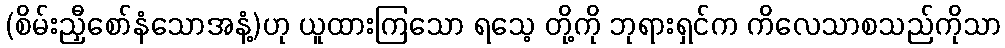
(စိမ်းညှီစော်နံသောအနံ့)ဟု ယူထားကြသော ရသေ့ တို့ကို ဘုရားရှင်က ကိလေသာစသည်ကိုသာ